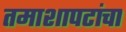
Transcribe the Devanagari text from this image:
तमाशापटांचा